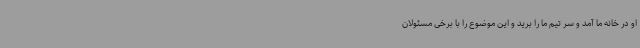
او در خانه ما آمد و سر تیم ما را برید و این موضوع را با برخی مسئولان